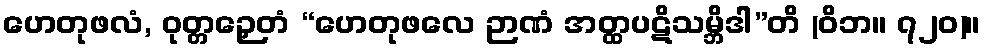
ဟေတုဖလံ, ဝုတ္တဉှေတံ “ဟေတုဖလေ ဉာဏံ အတ္ထပဋိသမ္ဘိဒါ”တိ (ဝိဘ။ ၇၂၀)။